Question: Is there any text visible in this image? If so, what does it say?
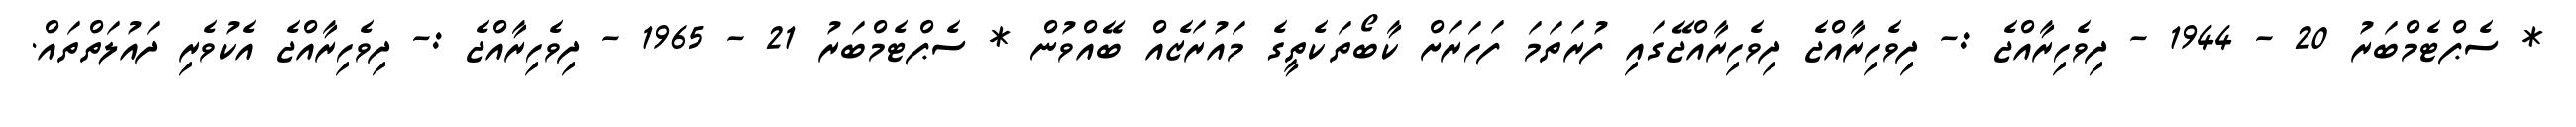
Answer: * ސެޕްޓެމްބަރު 20 - 1944 - ދިވެހިރާއްޖެ :- ދިވެހިރާއްޖެ ދިވެހިރާއްޖޭގައި ފުރަތަމަ ފަހަރަށް ކާބޯތަކެތީގެ މައުރަޒެއް ބޭއްވުން * ސެޕްޓެމްބަރު 21 - 1965 - ދިވެހިރާއްޖެ :- ދިވެހިރާއްޖެ އެކުވެރި ދައުލަތްތައް.